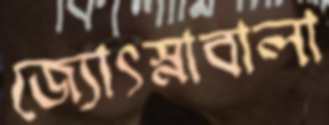
জ্যোৎস্নাবালা